Medical and sanitary report of the native army of Madras for the year
Year: 1876
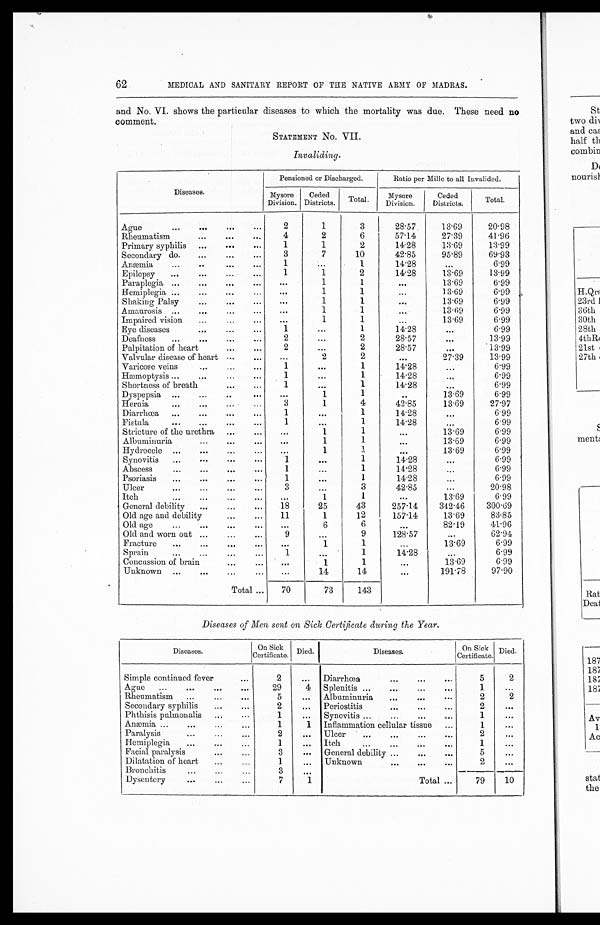
62
MEDICAL AND SANITARY REPORT OF THE NATIVE ARMY OF MADRAS.
and No. VI. shows the particular diseases to which the mortality was due. These need no
comment.
STATEMENT No. VII.
Invaliding.
Diseases.
Pensioned or Discharged.
Ratio per Mille to all Invalided.
Mysore
Division.
Ceded
Districts. Total.
Mysore
Division.
Ceded
Districts.
Total.
Ague
...
...
...
...
2
1
3
28.57
13.69
20.98
Rheumatism
. . . . . . . . .
4
2
6
57.14
27.39
41.96
Primary syphilis ...
...
...
1
1
2
14.28
13.69
13.99
Secondary do.
...
...
...
3
7
10
42.85
95.89
69.93
Anæemia ... .. ... ...
1
...
1
14.28
...
6.99
Epilepsy ...
...
...
...
1
1
2
14.28
13.69
13.99
Paraplegia ...
...
...
...
...
1
1
...
13.69
6.99
Hemiplegia ...
...
...
...
...
1
1
...
13.69
6.99
Shaking Palsy ... ... ...
...
1
1
...
13.69
6.99
Amaurosis ...
...
...
...
...
1
1
...
13.69
6.99
Impaired vision
...
...
...
...
1
1
...
13.69
6.99
Eye diseases
...
...
1
...
1
14.28
...
6.99
Deafness
...
...
...
...
2
...
2
28.57
...
13.99
Palpitation of heart
...
...
2
...
2
28.57
...
13.99
Valvular disease of heart ...
...
...
2
2
...
27.39
13.99
Varicose veins
...
...
....
1
...
1
14.28
...
6.99
Hæmoptysis ...
...
1
...
1
14.28
...
6.99
Shortness of breath
...
...
1
...
1
14.28
...
6.99
Dyspepsia ...
...
..
...
...
1
1
..
13.69
6.99
Hernia
...
...
...
...
3
1
4
42.85
13.69
27.97
Diarrhœa ...
...
...
...
1
...
1
14.28
...
6.99
Fistula
...
...
...
...
1
...
1
14.28
...
6.99
Stricture of the urethra ...
...
...
1
1
...
13.69
6.99
Albuminuria ...
. . . . . .
...
1
1
...
13.69
6.99
Hydrocele ...
...
...
...
...
1
1
...
13.69
6.99
Synovitis ...
...
...
...
1
...
1
14.28
...
6.99
Abscess
...
...
...
...
1
...
1
14.28
...
6.99
Psoriasis ...
...
...
...
1
...
1
14.28
...
6.99
Ulcer
...
...
...
3 ...
3
42.85
...
20.98
Itch ...
...
...
...
1
1
...
13.69
6.99
General debility ... ...
...
18
25
43
257.14
342.46
300.69
Old age and debility
...
...
11
1
12
157.14
13.69
83.85
Old age
...
...
...
6
6
...
82.19
41.96
Old and worn out ... ...
9
...
9
128.57
...
62.94
Fracture
...
...
...
1
1
...
13.69
6.99
Sprain
...
...
...
...
1
...
1
14.28
...
6.99
Concussion of brain ...
. . .
... 1
1
...
13.69
6.99
Unknown ...
...
...
...
14
14
...
191.78
97.90
Total ...
70
73
143
Diseases of Men sent on Sick Certificate during the Year.
Diseases.
On Sick
Certificate. Died.
Diseases.
On Sick
Certificate. Died.
Simple continued fever
...
2
... Diarrhœa
...
...
...
5
2
Ague ...
...
...
...
29
4 Splenitis ...
...
...
...
1
...
Rheumatism ...
...
...
5
... Albuminuria
...
...
...
2
2
Secondary syphilis
...
2
... Periostitis ...
...
...
2
...
Phthisis pulmonalis ...
1
... Synovitis ...
...
...
...
1
...
Anæmia ...
...
...
...
1
1 Inflammation cellular tissue ...
1
...
Paralysis ... ...
...
2
... Ulcer ...
...
...
...
2
...
Hemiplegia
...
...
...
1
... Itch
...
...
...
...
1
...
Facial paralysis ...
... 3
... General debility ...
...
...
5
...
Dilatation of heart ...
...
1
... Unknown
...
...
...
2
...
Bronchitis ... ... ...
3
...
Dysentery
...
...
...
7
1
Total ...
79
10